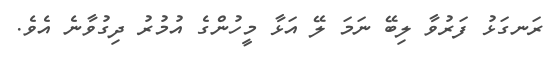
ރަނގަޅު ފަރުވާ ލިބޭ ނަމަ ލޭ އަޅާ މީހުންގެ އުމުރު ދިގުވާނެ އެވެ.